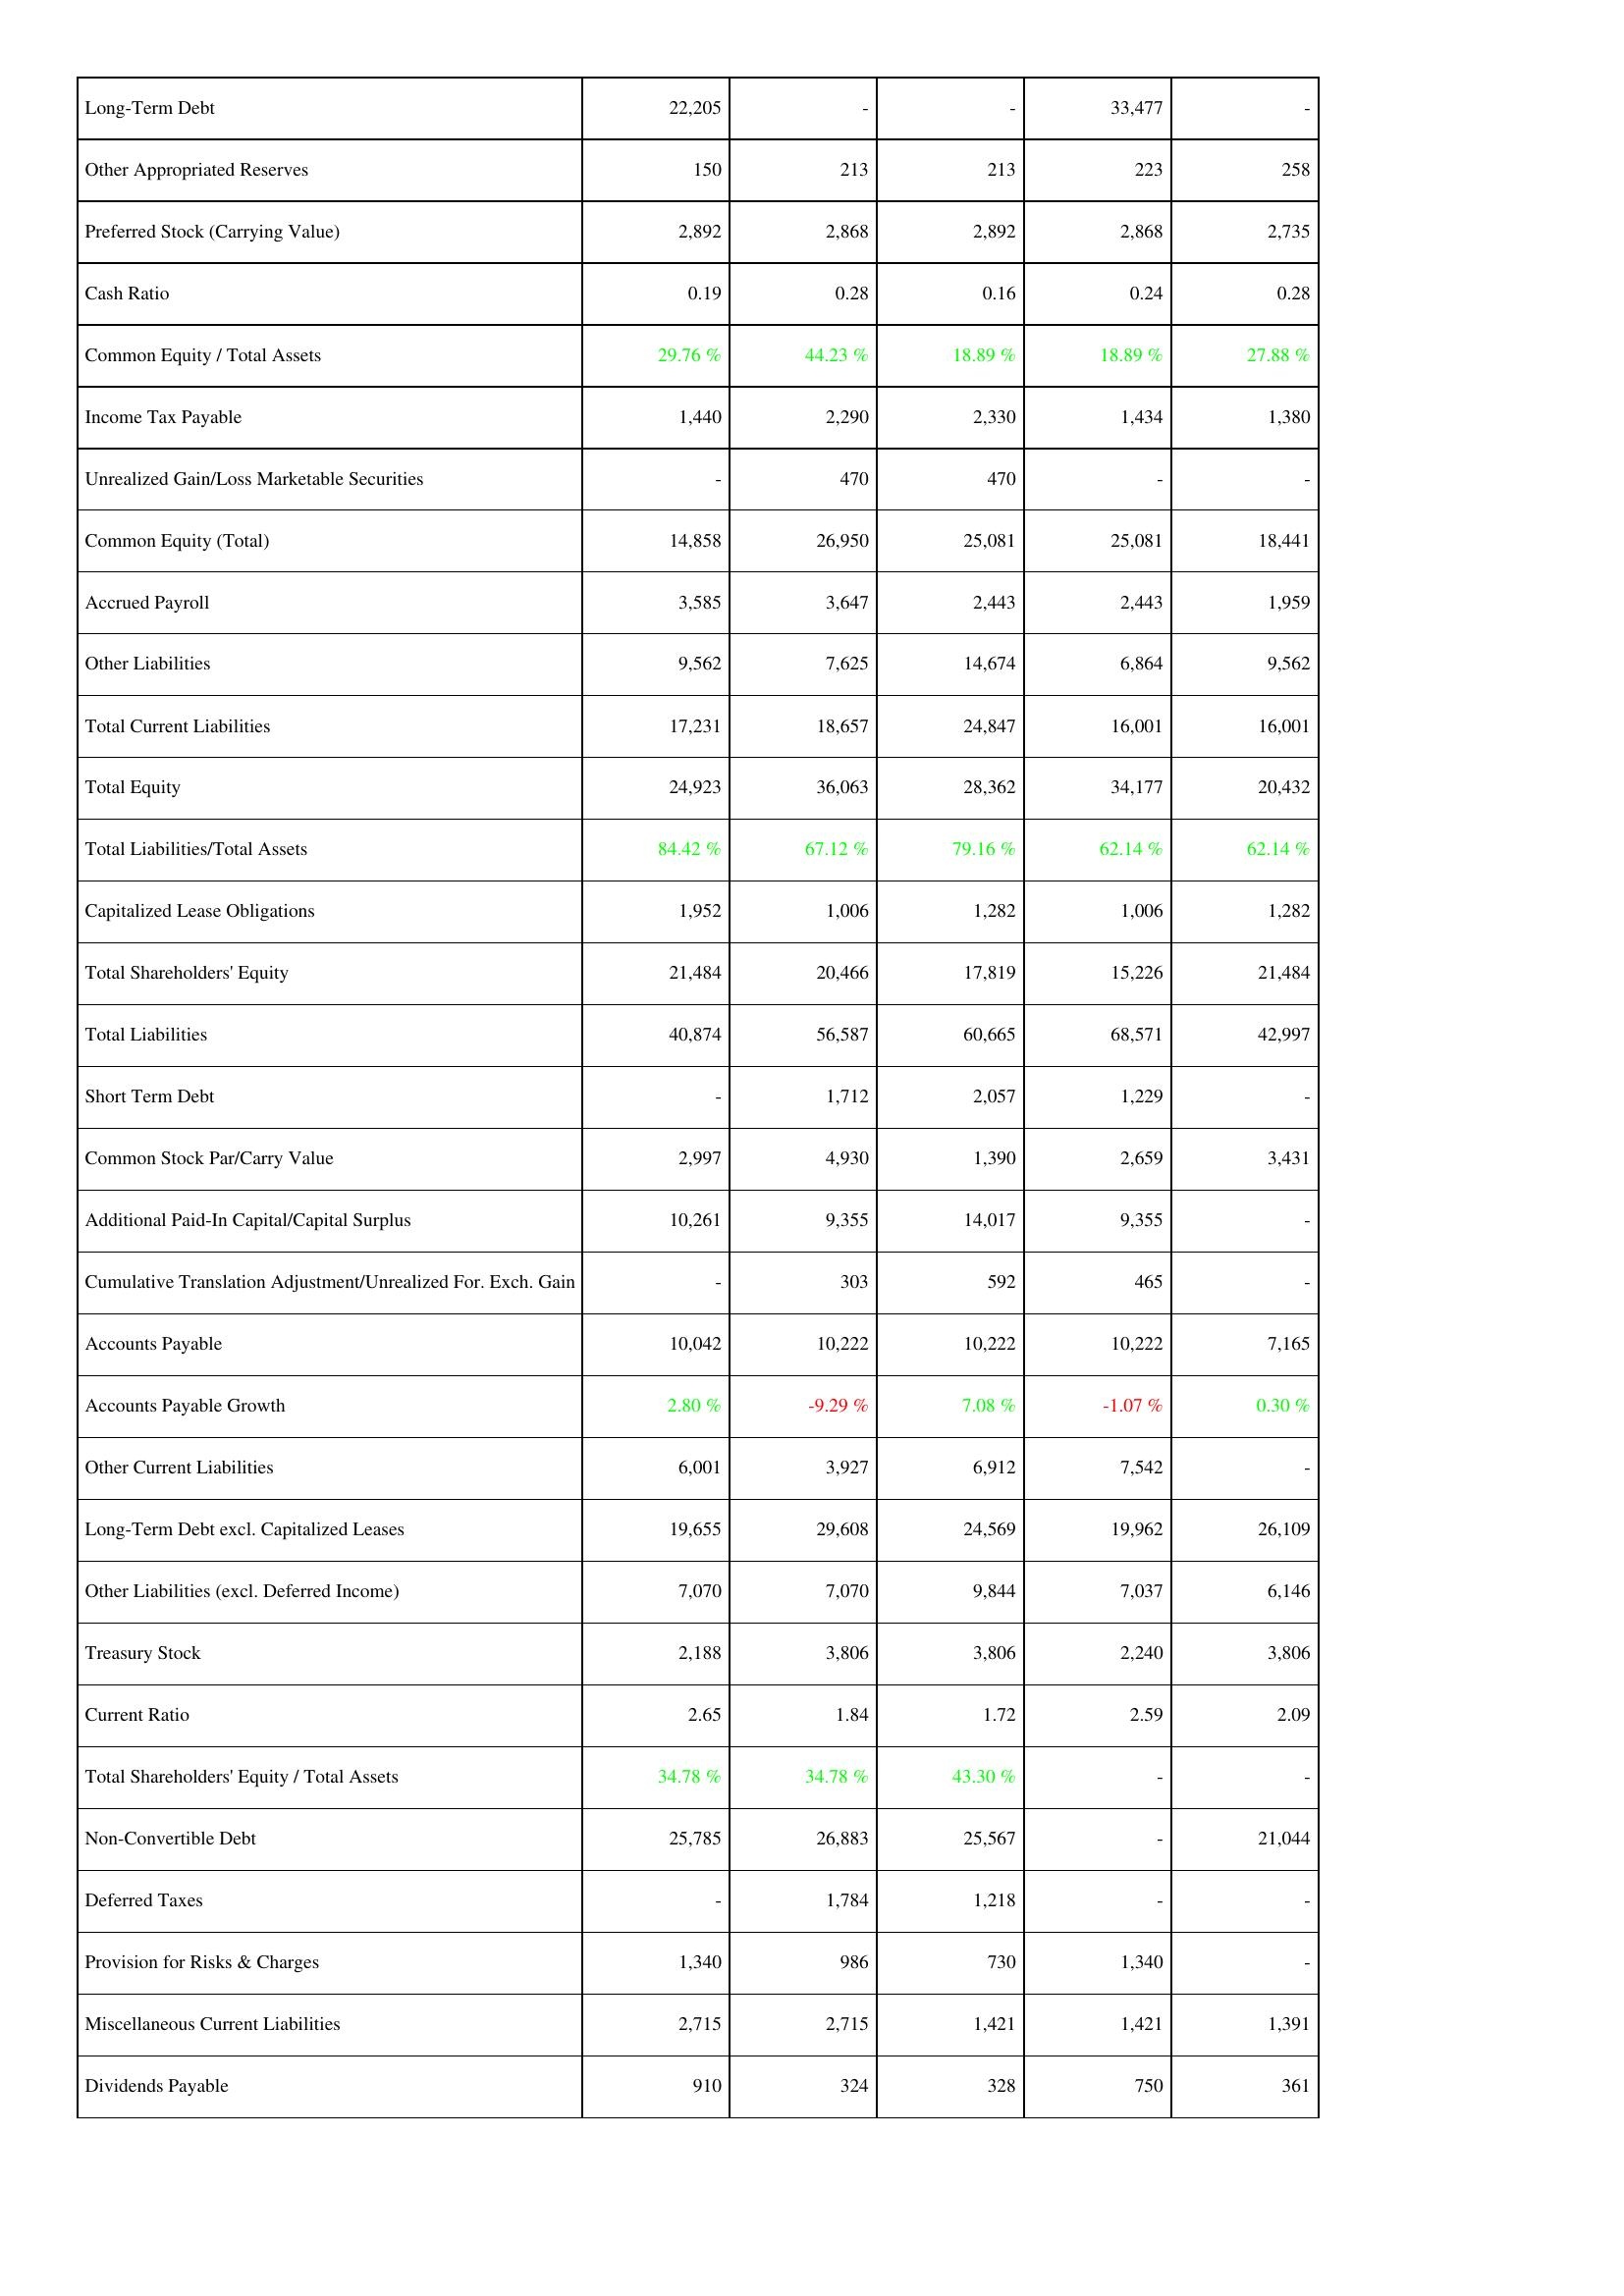
2011: Liabilities & Shareholders' Equity: Long-Term Debt: 22,205
Other Appropriated Reserves: 150
Preferred Stock (Carrying Value): 2,892
Cash Ratio: 0.19
Common Equity / Total Assets: 29.76 %
Income Tax Payable: 1,440
Unrealized Gain/Loss Marketable Securities: -
Common Equity (Total): 14,858
Accrued Payroll: 3,585
Other Liabilities: 9,562
Total Current Liabilities: 17,231
Total Equity: 24,923
Total Liabilities/Total Assets: 84.42 %
Capitalized Lease Obligations: 1,952
Total Shareholders' Equity: 21,484
Total Liabilities: 40,874
Short Term Debt: -
Common Stock Par/Carry Value: 2,997
Additional Paid-In Capital/Capital Surplus: 10,261
Cumulative Translation Adjustment/Unrealized For. Exch. Gain: -
Accounts Payable: 10,042
Accounts Payable Growth: 2.80 %
Other Current Liabilities: 6,001
Long-Term Debt excl. Capitalized Leases: 19,655
Other Liabilities (excl. Deferred Income): 7,070
Treasury Stock: 2,188
Current Ratio: 2.65
Total Shareholders' Equity / Total Assets: 34.78 %
Non-Convertible Debt: 25,785
Deferred Taxes: -
Provision for Risks & Charges: 1,340
Miscellaneous Current Liabilities: 2,715
Dividends Payable: 910
2010: Liabilities & Shareholders' Equity: Long-Term Debt: -
Other Appropriated Reserves: 213
Preferred Stock (Carrying Value): 2,868
Cash Ratio: 0.28
Common Equity / Total Assets: 44.23 %
Income Tax Payable: 2,290
Unrealized Gain/Loss Marketable Securities: 470
Common Equity (Total): 26,950
Accrued Payroll: 3,647
Other Liabilities: 7,625
Total Current Liabilities: 18,657
Total Equity: 36,063
Total Liabilities/Total Assets: 67.12 %
Capitalized Lease Obligations: 1,006
Total Shareholders' Equity: 20,466
Total Liabilities: 56,587
Short Term Debt: 1,712
Common Stock Par/Carry Value: 4,930
Additional Paid-In Capital/Capital Surplus: 9,355
Cumulative Translation Adjustment/Unrealized For. Exch. Gain: 303
Accounts Payable: 10,222
Accounts Payable Growth: -9.29 %
Other Current Liabilities: 3,927
Long-Term Debt excl. Capitalized Leases: 29,608
Other Liabilities (excl. Deferred Income): 7,070
Treasury Stock: 3,806
Current Ratio: 1.84
Total Shareholders' Equity / Total Assets: 34.78 %
Non-Convertible Debt: 26,883
Deferred Taxes: 1,784
Provision for Risks & Charges: 986
Miscellaneous Current Liabilities: 2,715
Dividends Payable: 324
2009: Liabilities & Shareholders' Equity: Long-Term Debt: -
Other Appropriated Reserves: 213
Preferred Stock (Carrying Value): 2,892
Cash Ratio: 0.16
Common Equity / Total Assets: 18.89 %
Income Tax Payable: 2,330
Unrealized Gain/Loss Marketable Securities: 470
Common Equity (Total): 25,081
Accrued Payroll: 2,443
Other Liabilities: 14,674
Total Current Liabilities: 24,847
Total Equity: 28,362
Total Liabilities/Total Assets: 79.16 %
Capitalized Lease Obligations: 1,282
Total Shareholders' Equity: 17,819
Total Liabilities: 60,665
Short Term Debt: 2,057
Common Stock Par/Carry Value: 1,390
Additional Paid-In Capital/Capital Surplus: 14,017
Cumulative Translation Adjustment/Unrealized For. Exch. Gain: 592
Accounts Payable: 10,222
Accounts Payable Growth: 7.08 %
Other Current Liabilities: 6,912
Long-Term Debt excl. Capitalized Leases: 24,569
Other Liabilities (excl. Deferred Income): 9,844
Treasury Stock: 3,806
Current Ratio: 1.72
Total Shareholders' Equity / Total Assets: 43.30 %
Non-Convertible Debt: 25,567
Deferred Taxes: 1,218
Provision for Risks & Charges: 730
Miscellaneous Current Liabilities: 1,421
Dividends Payable: 328
2008: Liabilities & Shareholders' Equity: Long-Term Debt: 33,477
Other Appropriated Reserves: 223
Preferred Stock (Carrying Value): 2,868
Cash Ratio: 0.24
Common Equity / Total Assets: 18.89 %
Income Tax Payable: 1,434
Unrealized Gain/Loss Marketable Securities: -
Common Equity (Total): 25,081
Accrued Payroll: 2,443
Other Liabilities: 6,864
Total Current Liabilities: 16,001
Total Equity: 34,177
Total Liabilities/Total Assets: 62.14 %
Capitalized Lease Obligations: 1,006
Total Shareholders' Equity: 15,226
Total Liabilities: 68,571
Short Term Debt: 1,229
Common Stock Par/Carry Value: 2,659
Additional Paid-In Capital/Capital Surplus: 9,355
Cumulative Translation Adjustment/Unrealized For. Exch. Gain: 465
Accounts Payable: 10,222
Accounts Payable Growth: -1.07 %
Other Current Liabilities: 7,542
Long-Term Debt excl. Capitalized Leases: 19,962
Other Liabilities (excl. Deferred Income): 7,037
Treasury Stock: 2,240
Current Ratio: 2.59
Total Shareholders' Equity / Total Assets: -
Non-Convertible Debt: -
Deferred Taxes: -
Provision for Risks & Charges: 1,340
Miscellaneous Current Liabilities: 1,421
Dividends Payable: 750
2007: Liabilities & Shareholders' Equity: Long-Term Debt: -
Other Appropriated Reserves: 258
Preferred Stock (Carrying Value): 2,735
Cash Ratio: 0.28
Common Equity / Total Assets: 27.88 %
Income Tax Payable: 1,380
Unrealized Gain/Loss Marketable Securities: -
Common Equity (Total): 18,441
Accrued Payroll: 1,959
Other Liabilities: 9,562
Total Current Liabilities: 16,001
Total Equity: 20,432
Total Liabilities/Total Assets: 62.14 %
Capitalized Lease Obligations: 1,282
Total Shareholders' Equity: 21,484
Total Liabilities: 42,997
Short Term Debt: -
Common Stock Par/Carry Value: 3,431
Additional Paid-In Capital/Capital Surplus: -
Cumulative Translation Adjustment/Unrealized For. Exch. Gain: -
Accounts Payable: 7,165
Accounts Payable Growth: 0.30 %
Other Current Liabilities: -
Long-Term Debt excl. Capitalized Leases: 26,109
Other Liabilities (excl. Deferred Income): 6,146
Treasury Stock: 3,806
Current Ratio: 2.09
Total Shareholders' Equity / Total Assets: -
Non-Convertible Debt: 21,044
Deferred Taxes: -
Provision for Risks & Charges: -
Miscellaneous Current Liabilities: 1,391
Dividends Payable: 361